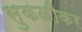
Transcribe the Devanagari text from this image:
सुकळीकर